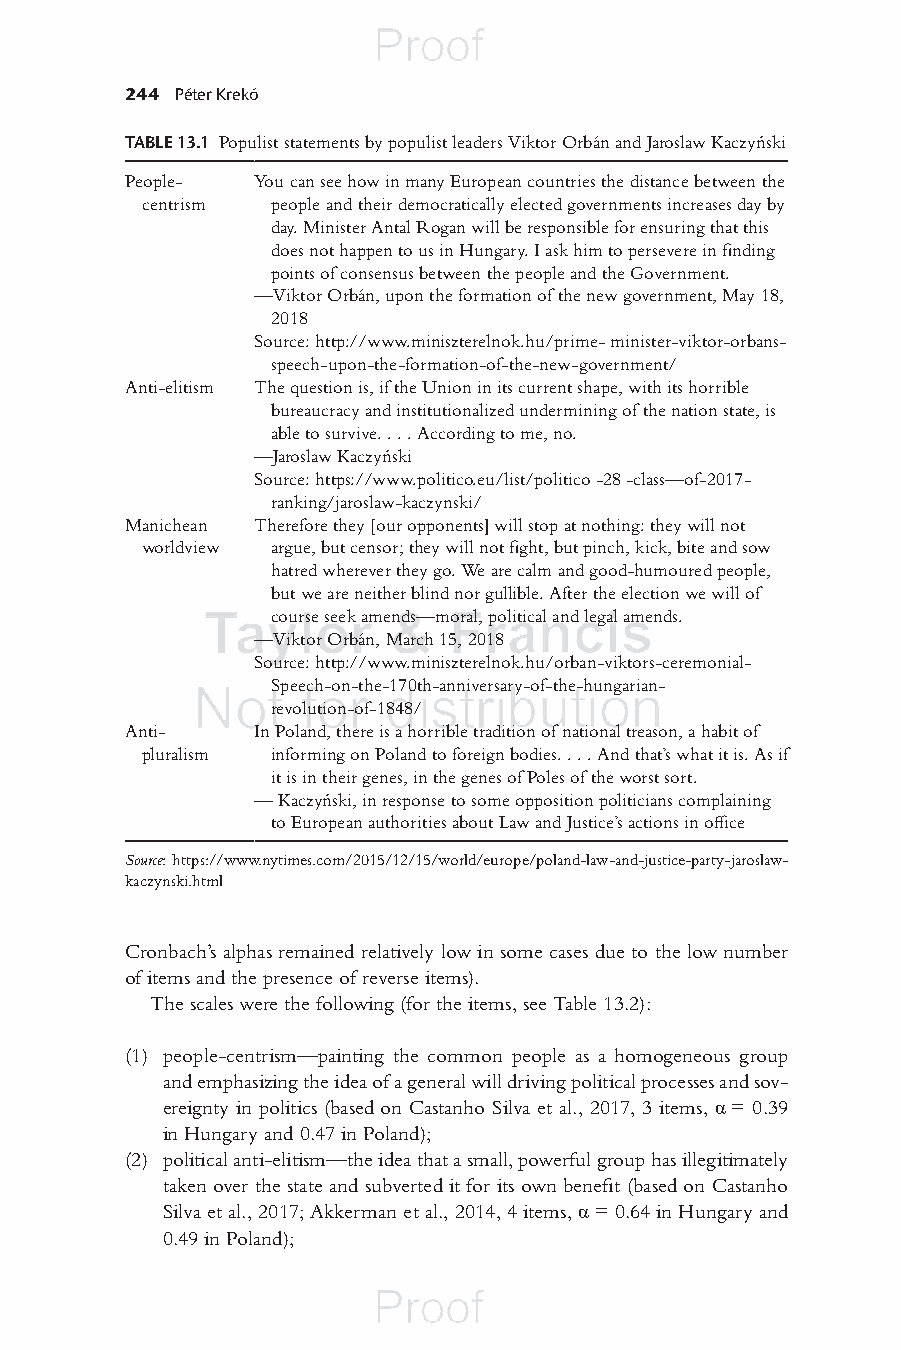
244 Péter Krekó
 TABLE 13.1 Populist statements by populist leaders Viktor Orbán and Jaroslaw Kaczyński
 People-  You can see how in many European countries the distance between the
 centrism people and their democratically elected governments increases day by
 day. Minister Antal Rogan will be responsible for ensuring that this
 does not happen to us in Hungary. I ask him to persevere in fi nding
 points of consensus between the people and the Government.
 —Viktor Orbán, upon the formation of the new government, May 18,
 2018
 Source: http://www.miniszterelnok.hu/prime- minister-viktor-orbans-
 speech-upon-the-formation-of-the-new-government/
 Anti-elitism The question is, if the Union in its current shape, with its horrible
 bureaucracy and institutionalized undermining of the nation state, is
 able to survive. . . . According to me, no.
 —Jaroslaw Kaczyński
 Source: https://www.politico.eu/list/politico -28 -class—of-2017-
 ranking/jaroslaw-kaczynski/
 Manichean Therefore they [our opponents] will stop at nothing: they will not
 worldview argue, but censor; they will not fi ght, but pinch, kick, bite and sow
 hatred wherever they go. We are calm and good-humoured people,
 but we are neither blind nor gullible. After the election we will of
 course seek amends—moral, political and legal amends.
 —Viktor Orbán, March 15, 2018
 Source: http://www.miniszterelnok.hu/orban-viktors-ceremonial-
 Speech-on-the-170th-anniversary-of-the-hungarian-
 revolution-of-1848/
 Anti-    In Poland, there is a horrible tradition of national treason, a habit of
 pluralism informing on Poland to foreign bodies. . . . And that’s what it is. As if
 it is in their genes, in the genes of Poles of the worst sort.
 — Kaczyński, in response to some opposition politicians complaining
 to European authorities about Law and Justice’s actions in offi ce
 Source: https://www.nytimes.com/2015/12/15/world/europe/poland-law-and-justice-party-jaroslaw-
 kaczynski.html
 Cronbach’s alphas remained relatively low in some cases due to the low number
 of items and the presence of reverse items).
 The scales were the following (for the items, see Table 13.2):
 (1) people-centrism—painting the common people as a homogeneous group
 and emphasizing the idea of a general will driving political processes and sov-
 ereignty in politics (based on Castanho Silva et al., 2017 , 3 items, α = 0.39
 in Hungary and 0.47 in Poland);
 (2) political anti-elitism—the idea that a small, powerful group has illegitimately
 taken over the state and subverted it for its own benefi t (based on Castanho
 Silva et al., 2017 ; Akkerman et al., 2014, 4 items, α = 0.64 in Hungary and
 0.49 in Poland);